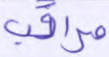
مراقب